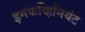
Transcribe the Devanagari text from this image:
इनकव्हिनियंट